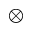
\otimes